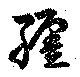
纏